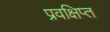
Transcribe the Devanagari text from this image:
प्रवक्षिप्त